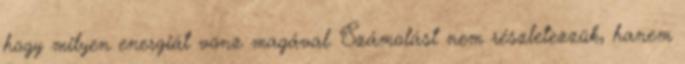
hogy milyen energiát vonz magával. Számolást nem részletezzük, hanem